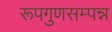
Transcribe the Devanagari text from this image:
रूपगुणसम्पन्न